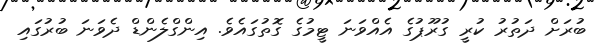
ބުރަށް ދަތުރު ކުރީ ގުރޫޕުގެ އެއްވަނަ ޓީމުގެ ގޮތުގައެވެ. އިންގްލެންޑް ދެވަނަ ބުރުގައި